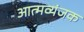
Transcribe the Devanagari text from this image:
आत्मव्यंजक